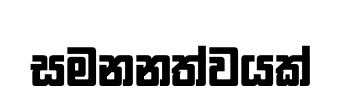
සමනනත්වයක්